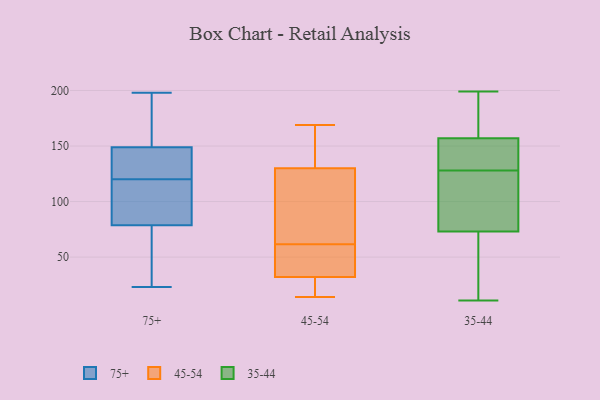
{"axis": {"x": "Gross Profit (USD K)", "y": "Value"}, "legend": ["35-44", "45-54", "75+"], "data": [{"x": "", "y": 146, "type": "75+"}, {"x": "", "y": 198, "type": "75+"}, {"x": "", "y": 173, "type": "75+"}, {"x": "", "y": 120, "type": "75+"}, {"x": "", "y": 69, "type": "75+"}, {"x": "", "y": 103, "type": "75+"}, {"x": "", "y": 44, "type": "75+"}, {"x": "", "y": 23, "type": "75+"}, {"x": "", "y": 121, "type": "75+"}, {"x": "", "y": 150, "type": "75+"}, {"x": "", "y": 74, "type": "75+"}, {"x": "", "y": 113, "type": "75+"}, {"x": "", "y": 93, "type": "75+"}, {"x": "", "y": 129, "type": "75+"}, {"x": "", "y": 184, "type": "75+"}, {"x": "", "y": 125, "type": "45-54"}, {"x": "", "y": 47, "type": "45-54"}, {"x": "", "y": 29, "type": "45-54"}, {"x": "", "y": 32, "type": "45-54"}, {"x": "", "y": 29, "type": "45-54"}, {"x": "", "y": 14, "type": "45-54"}, {"x": "", "y": 130, "type": "45-54"}, {"x": "", "y": 155, "type": "45-54"}, {"x": "", "y": 167, "type": "45-54"}, {"x": "", "y": 91, "type": "45-54"}, {"x": "", "y": 23, "type": "45-54"}, {"x": "", "y": 135, "type": "45-54"}, {"x": "", "y": 49, "type": "45-54"}, {"x": "", "y": 112, "type": "45-54"}, {"x": "", "y": 169, "type": "45-54"}, {"x": "", "y": 74, "type": "45-54"}, {"x": "", "y": 46, "type": "45-54"}, {"x": "", "y": 38, "type": "45-54"}, {"x": "", "y": 59, "type": "35-44"}, {"x": "", "y": 103, "type": "35-44"}, {"x": "", "y": 162, "type": "35-44"}, {"x": "", "y": 24, "type": "35-44"}, {"x": "", "y": 199, "type": "35-44"}, {"x": "", "y": 25, "type": "35-44"}, {"x": "", "y": 145, "type": "35-44"}, {"x": "", "y": 157, "type": "35-44"}, {"x": "", "y": 170, "type": "35-44"}, {"x": "", "y": 73, "type": "35-44"}, {"x": "", "y": 140, "type": "35-44"}, {"x": "", "y": 11, "type": "35-44"}, {"x": "", "y": 136, "type": "35-44"}, {"x": "", "y": 73, "type": "35-44"}, {"x": "", "y": 186, "type": "35-44"}, {"x": "", "y": 120, "type": "35-44"}, {"x": "", "y": 142, "type": "35-44"}, {"x": "", "y": 99, "type": "35-44"}]}